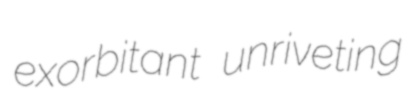
exorbitant unriveting